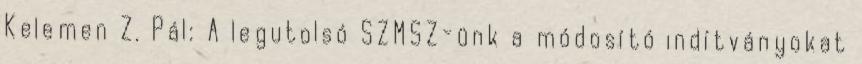
Kelemen Z. Pál: A legutolsó SZMSZ-ünk a módosító indítványokat